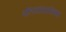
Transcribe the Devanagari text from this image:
दलितांसाठींच्या